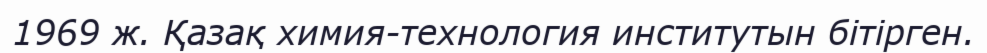
1969 ж. Қазақ химия-технология институтын бітірген.